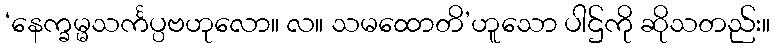
‘နေက္ခမ္မသင်္ကပ္ပဗဟုလော။ လ။ သမထောတိ’ဟူသော ပါဌ်ကို ဆိုသတည်း။